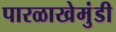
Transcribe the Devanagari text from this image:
पारळाखेमुंडी